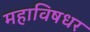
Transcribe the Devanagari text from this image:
महाविषधर